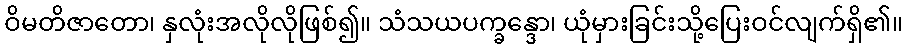
ဝိမတိဇာတော၊ နှလုံးအလိုလိုဖြစ်၍။ သံသယပက္ခန္ဒော၊ ယုံမှားခြင်းသို့ပြေးဝင်လျက်ရှိ၏။